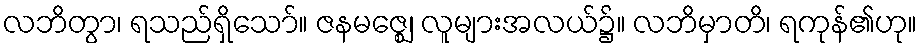
လဘိတွာ၊ ရသည်ရှိသော်။ ဇနမဇ္ဈေ၊ လူများအလယ်၌။ လဘိမှာတိ၊ ရကုန်၏ဟု။